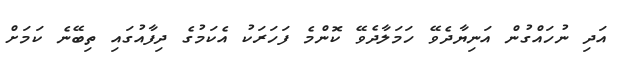
އަދި ނުހައްގުން އަނިޔާދެވޭ ހަމަލާދެވޭ ކޮންމެ ފަހަރަކު އެކަމުގެ ދިފާއުގައި ތިބޭނެ ކަމަށް